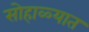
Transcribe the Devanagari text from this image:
सोहाळ्यात